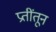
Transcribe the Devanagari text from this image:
प्रतींतून